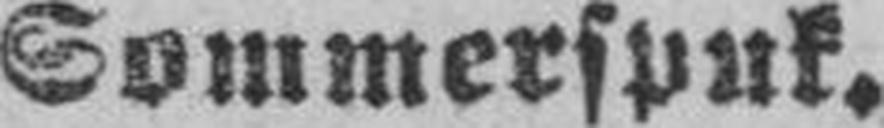
Sommerspuk.